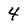
Character: 4